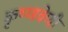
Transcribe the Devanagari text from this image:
कृष्णवेणी